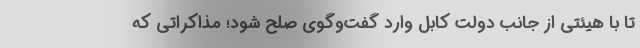
تا با هیئتی از جانب دولت کابل وارد گفت‌وگوی صلح شود؛ مذاکراتی که